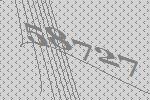
58727